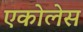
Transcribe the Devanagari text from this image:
एकोलेस